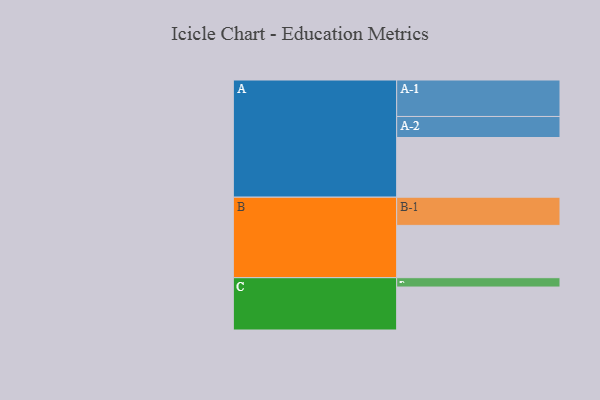
{"axis": {"x": "Segment", "y": "Value"}, "legend": ["", "A", "B", "C"], "data": [{"x": "A", "y": 460, "type": ""}, {"x": "B", "y": 403, "type": ""}, {"x": "C", "y": 331, "type": ""}, {"x": "A-1", "y": 281, "type": "A"}, {"x": "A-2", "y": 162, "type": "A"}, {"x": "B-1", "y": 217, "type": "B"}, {"x": "C-1", "y": 72, "type": "C"}]}